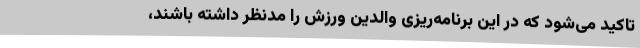
تاکید می‌شود که در این برنامه‌ریزی والدین ورزش را مدنظر داشته باشند،